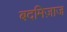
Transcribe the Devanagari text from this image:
बदमिज़ाज